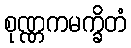
စုဏ္ဏကမက္ခိတံ